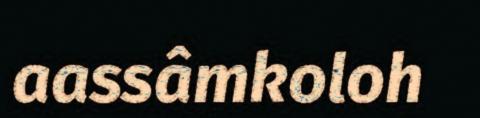
aassâmkoloh